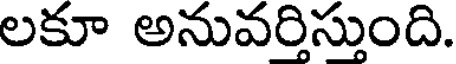
లకూ అనువరిసుంది.